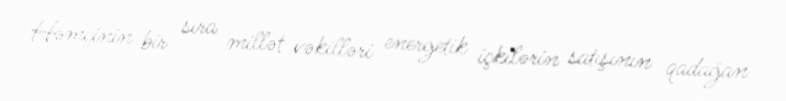
Həmçinin bir sıra millət vəkilləri energetik içkilərin satışının qadağan